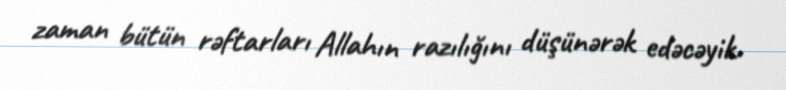
zaman bütün rəftarları Allahın razılığını düşünərək edəcəyik.